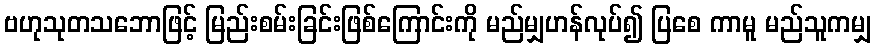
ဗဟုသုတသဘောဖြင့် မြည်းစမ်းခြင်းဖြစ်ကြောင်းကို မည်မျှဟန်လုပ်၍ ပြစေ ကာမူ မည်သူကမျှ